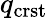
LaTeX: q_{\mathrm{crst}}